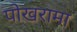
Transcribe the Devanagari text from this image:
पोखरामा